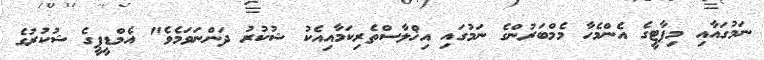
ނަމުގައާއި މިޕާޓީގެ އެންމެހާ މެމްބަރުންގެ ނަމުގައި އިޚްލާސްތެރިކަމާއިއެކު ޝުކުރު ދަންނަވަމެވެ" އެމްޑީޕީގެ ޝުކުރުގެ